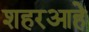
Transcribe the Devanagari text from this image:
शहरआहे